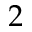
2